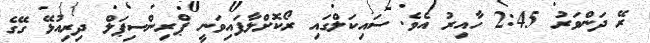
ރޭ ދަންވަރު 2:45 ހާއިރު އެވެ. ސައިކަލްގައި ރޯކޮށްލާފައިވަނީ ޕްރިންސިޕަލް ދިރިއުޅޭ ގޭގެ